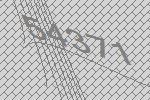
54371